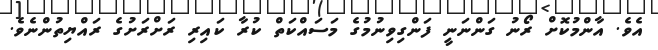
އެވެ. އާންމުކޮށް ރޯނު ގަންނަނީ ފަންގިވިނުމުގެ މަސައްކަތް ކުރާ ކައިރި ރަށްރަށުގެ ރައްޔިތުންނެވެ.